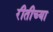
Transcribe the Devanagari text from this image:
रीतीच्या